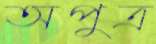
অপুত্র